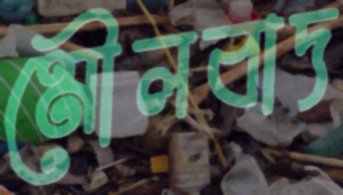
মৌলবাদ